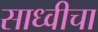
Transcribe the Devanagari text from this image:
साध्वीचा